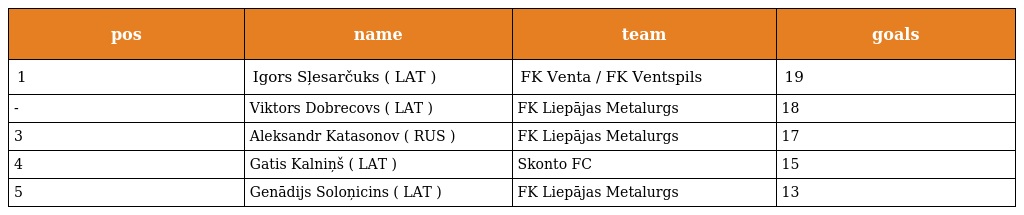
| pos | name | team | goals |
 | --- | --- | --- | --- |
 | 1 | Igors Sļesarčuks ( LAT ) | FK Venta / FK Ventspils | 19 |
 | - | Viktors Dobrecovs ( LAT ) | FK Liepājas Metalurgs | 18 |
 | 3 | Aleksandr Katasonov ( RUS ) | FK Liepājas Metalurgs | 17 |
 | 4 | Gatis Kalniņš ( LAT ) | Skonto FC | 15 |
 | 5 | Genādijs Soloņicins ( LAT ) | FK Liepājas Metalurgs | 13 |